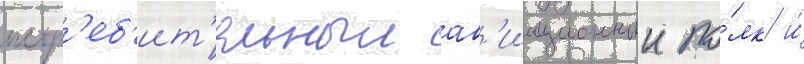
истр'еб'ит'ельныи ав'иационныи по́лк и́